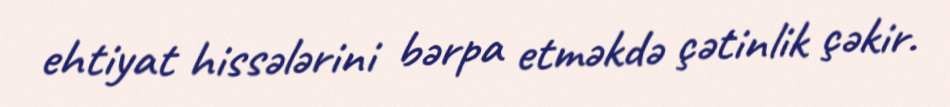
ehtiyat hissələrini bərpa etməkdə çətinlik çəkir.